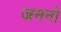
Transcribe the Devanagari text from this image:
जननो